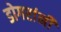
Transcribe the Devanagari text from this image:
डोगरांनी